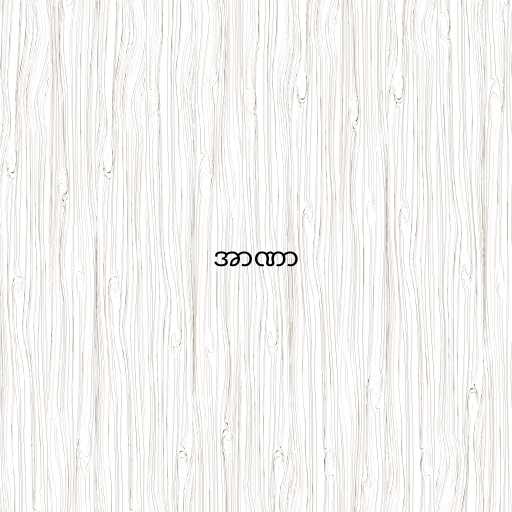
အာဏာ